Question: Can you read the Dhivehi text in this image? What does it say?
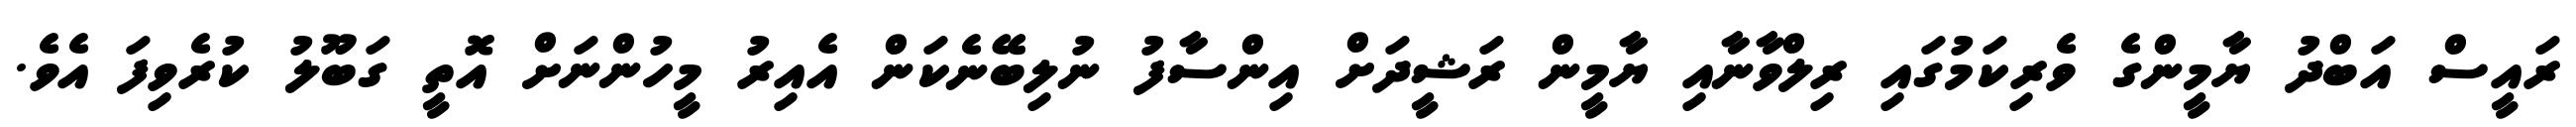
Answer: ރައީސް އަބްދު ޔާމީންގެ ވެރިކަމުގައި ރިލްވާނާއި ޔާމީން ރަޝީދަށް އިންސާފު ނުލިބޭނެކަން އެއިރު މީހުންނަށް އޮތީ ގަބޫލު ކުރެވިފަ އެވެ.